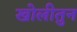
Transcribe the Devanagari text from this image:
खोलीतुन